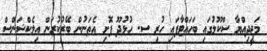
މަޖީދިއްޔާ ސްކޫލުގައި ބަހައްޓާފައި ހުރި ސ. ހުޅުދޫ ފޮށި އެތަނުން ބޭރުކުރަން އިލެކްޝަންސް